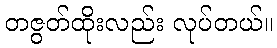
တဇွတ်ထိုးလည်း လုပ်တယ်။